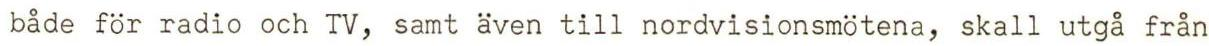
både för radio och TV, samt även till nordvisionsmötena, skall utgå från